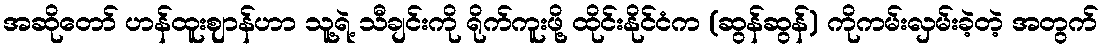
အဆိုတော် ဟန်ထူးဈာန်ဟာ သူ့ရဲ့ သီချင်းကို ရိုက်ကူးဖို့ ထိုင်းနိုင်ငံက (ဆွန်ဆွန်) ကိုကမ်းလှမ်းခဲ့တဲ့ အတွက်